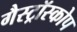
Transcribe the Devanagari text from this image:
गैस्ट्रॉस्कोप